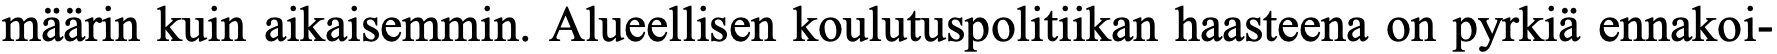
määrin kuin aikaisemmin. Alueellisen koulutuspolitiikan haasteena on pyrkiä ennakoi-